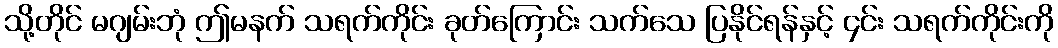
သို့တိုင် မဂျမ်းဘုံ ဤမနက် သရက်ကိုင်း ခုတ်ကြောင်း သက်သေ ပြနိုင်ရန်နှင့် ၄င်း သရက်ကိုင်းကို